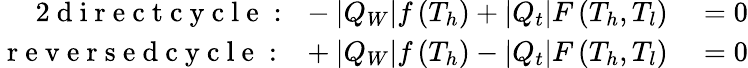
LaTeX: \begin{array}{rl}{{2}\mathrm{~d~i~r~e~c~t~c~y~c~l~e~:~}\, -|Q_{W}|f\left(T_{h}\right)+|Q_{t}|F\left(T_{h},T_{l}\right)}&{{}=0}\\ {\mathrm{~r~e~v~e~r~s~e~d~c~y~c~l~e~:~}\, \, +|Q_{W}|f\left(T_{h}\right)-|Q_{t}|F\left(T_{h},T_{l}\right)}&{{}=0}\end{array}